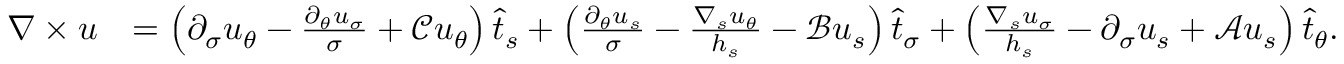
\begin{array} { r l } { \nabla \times u } & { = \left( \partial _ { \sigma } u _ { \theta } - \frac { \partial _ { \theta } u _ { \sigma } } { \sigma } + \mathcal { C } { u _ { \theta } } \right) \widehat { t } _ { s } + \left( \frac { \partial _ { \theta } u _ { s } } { \sigma } - \frac { \nabla _ { s } u _ { \theta } } { h _ { s } } - \mathcal { B } u _ { s } \right) \widehat { t } _ { \sigma } + \left( \frac { \nabla _ { s } u _ { \sigma } } { h _ { s } } - \partial _ { \sigma } u _ { s } + \mathcal { A } u _ { s } \right) \widehat { t } _ { \theta } . } \end{array}